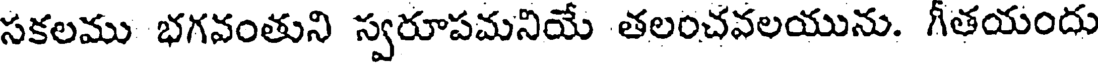
సకలము భగవంతుని స్వరూపమనియే తలంచవలయును. గీతయందు